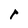
Character: r